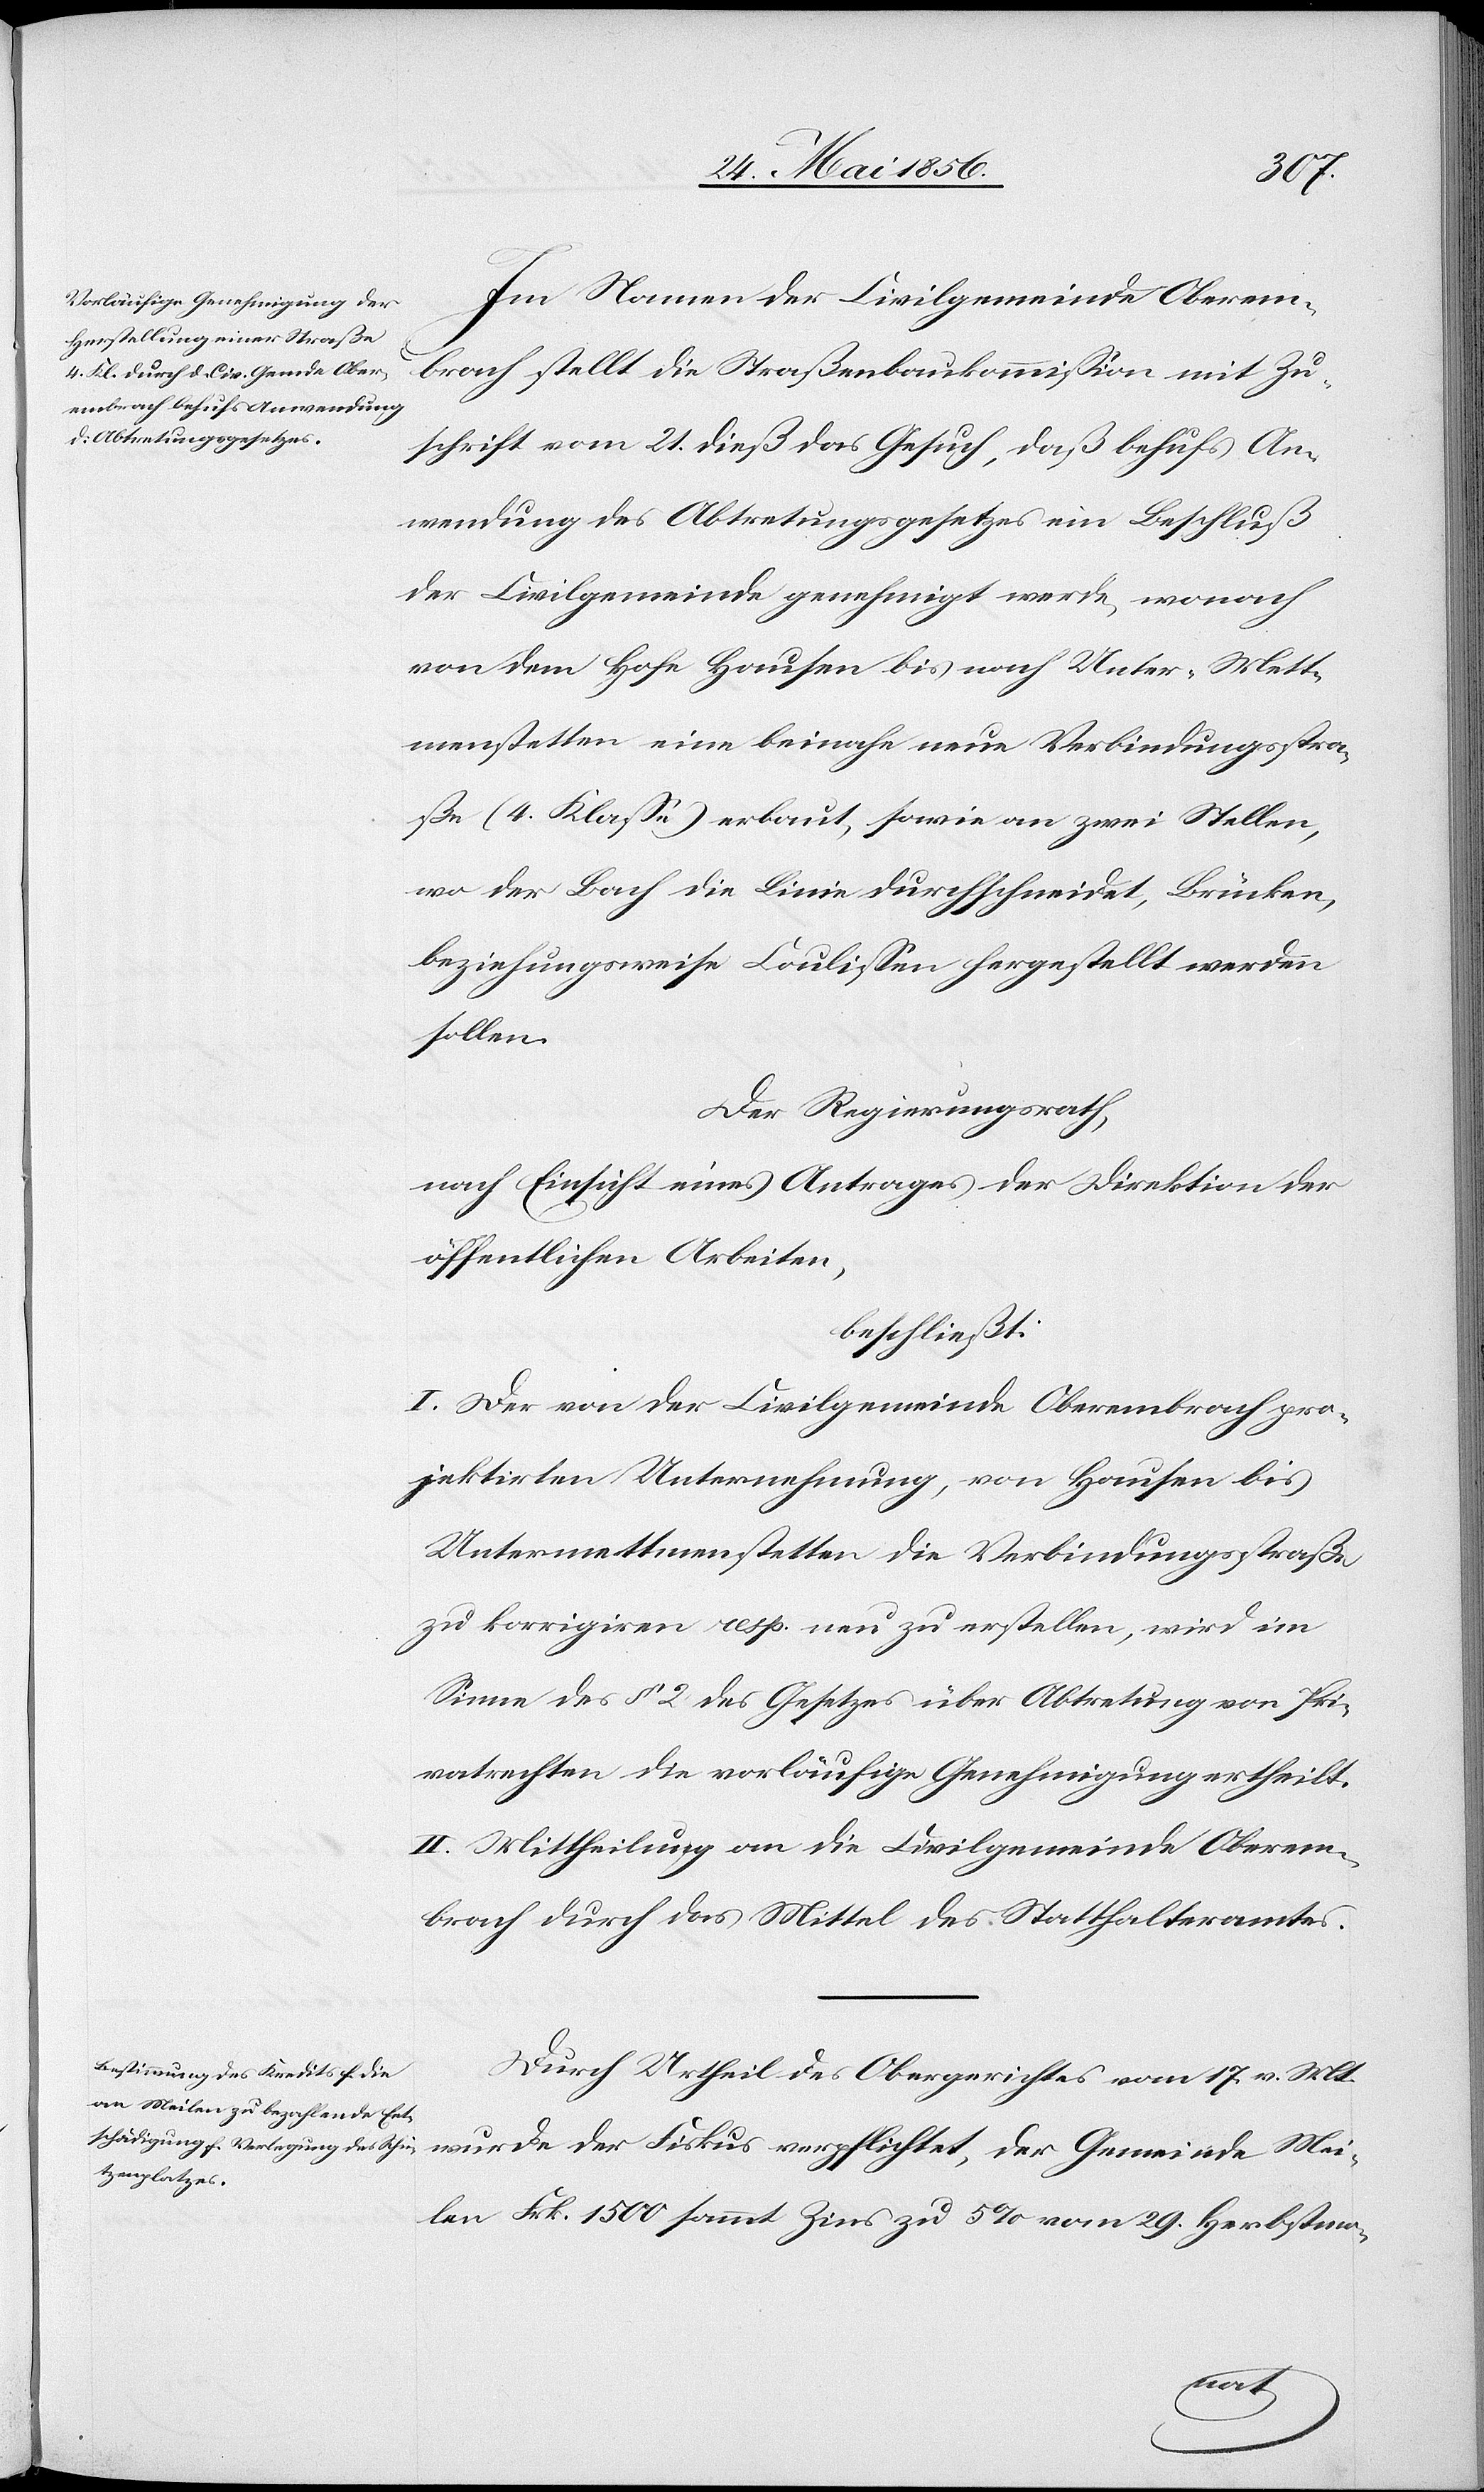
Im Namen der Civilgemeinde Oberem¬
brach stellt die Straßenbaukommission mit Zu¬
schrift vom 21. dieß das Gesuch, daß behufs An¬
wendung des Abtretungsgesetzes ein Beschluß
der Civilgemeinde genehmigt werde, wonach
von dem Hohe Hausen bis nach Unter-Mett¬
menstetten eine beinahe neue Verbindungsstra¬
ße (4. Klasse) erbaut, sowie an zwei Stellen,
wo der Bach die Linie durchschneidet, Brücken,
beziehungsweise Coulissen hergestellt werden
sollen.
Der Regierungsrath,
nach Einsicht eines Antrages der Direktion der
öffentlichen Arbeiten,
beschließt:
I. Der von der Civilgemeinde Oberembrach pro¬
jektirten Unternehmung, von Hausen bis
Untermettmenstetten die Verbindungsstraße
zu korrigiren resp. neu zu erstellen, wird im
Sinne des § 2 des Gesetzes über Abtretung von Pri¬
vatwesen die vorläufige Genehmigung ertheilt.
II. Mittheilung an die Civilgemeinde Oberem¬
brach durch das Mittel des Statthalteramtes.
Durch Urtheil des Obergerichtes vom 17. v. Mts.
wurde der Fiskus verpflichtet, der Gemeinde Mei¬
len Frk. 1500 sammt Zins zu 5 % vom 29. Herbstmo-